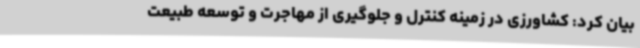
بیان کرد: کشاورزی در زمینه کنترل و جلوگیری از مهاجرت و توسعه طبیعت